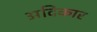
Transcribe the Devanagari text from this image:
अदिकार